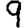
Digit: 9